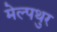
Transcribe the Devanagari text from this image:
मेल्पथुर